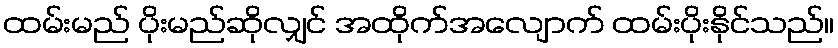
ထမ်းမည် ပိုးမည်ဆိုလျှင် အထိုက်အလျောက် ထမ်းပိုးနိုင်သည်။